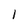
Character: 1